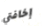
إخافتي